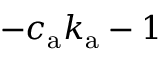
- c _ { \mathrm { a } } k _ { \mathrm { a } } - 1